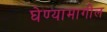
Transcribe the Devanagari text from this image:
घेण्यामागील